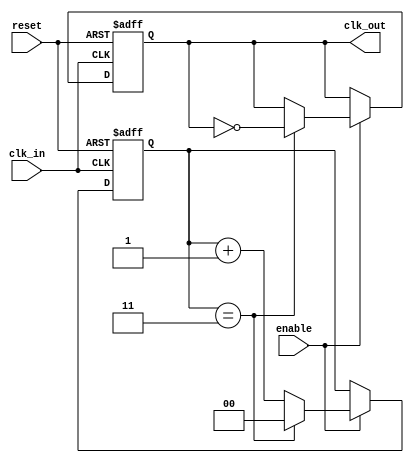
module clock_divider #(
    parameter DIV_FACTOR = 4  // Division factor
) (
    input wire clk_in,        // Input clock signal
    input wire reset,         // Asynchronous reset signal
    input wire enable,        // Enable signal for clock division
    output reg clk_out        // Divided output clock signal
);

    reg [$clog2(DIV_FACTOR)-1:0] counter; // Counter to track clock cycles

    always @(posedge clk_in or posedge reset) begin
        if (reset) begin
            counter <= 0;      // Reset counter
            clk_out <= 0;      // Reset output clock
        end else if (enable) begin
            if (counter == DIV_FACTOR - 1) begin
                clk_out <= ~clk_out; // Toggle output clock
                counter <= 0;         // Reset counter
            end else begin
                counter <= counter + 1; // Increment counter
            end
        end
    end

endmodule